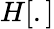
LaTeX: H[.]